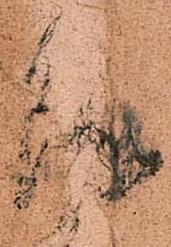
羽